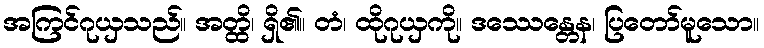
အကြင်ဂုယှသည်။ အတ္ထိ၊ ရှိ၏။ တံ၊ ထိုဂုယှကို။ ဒဿေန္တေန၊ ပြတော်မူသော။